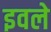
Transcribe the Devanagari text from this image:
इवले